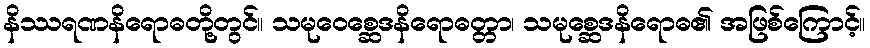
နိဿရဏနိရောဓတို့တွင်။ သမုဝေစ္ဆေဒနိရောဓတ္တာ၊ သမုစ္ဆေဒနိရောဓ၏ အဖြစ်ကြောင့်။